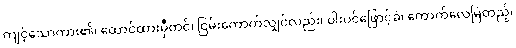
ကျင့်သောကား၏၊ ထောင်ထားမှီတင်၊ ငြမ်းကောက်လျှင်လည်း၊ ဝါးပင်ဖြောင့်ခဲ၊ ကောက်လေမြဲတည့်၊